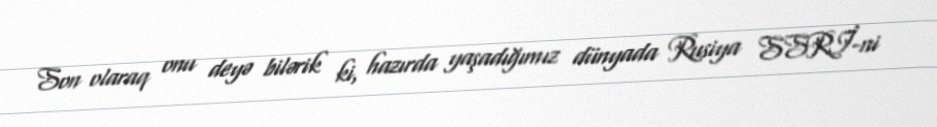
Son olaraq onu deyə bilərik ki, hazırda yaşadığımız dünyada Rusiya SSRİ-ni